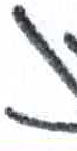
אות: ן